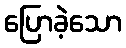
ပြောခဲ့သော